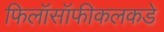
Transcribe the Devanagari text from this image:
फिलॉसॉफीकलकडे